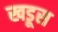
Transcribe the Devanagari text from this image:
खडूस